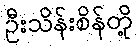
ဦးသိန်းစိန်တို့